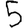
Digit: 5